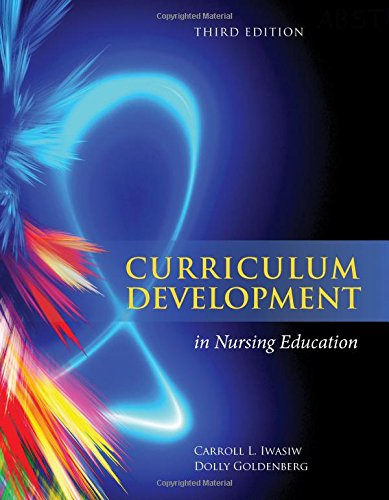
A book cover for Curriculum Development In Nursing Education; Carroll L. Iwasiw; Medical Books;